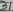
Text: 21